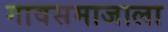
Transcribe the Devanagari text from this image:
गावसमाजाला